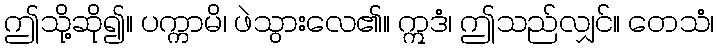
ဤသို့ဆို၍။ ပက္ကာမိ၊ ဖဲသွားလေ၏။ ဣဒံ၊ ဤသည်လျှင်။ တေသံ၊